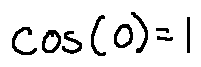
\cos ( 0 ) = 1